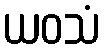
ယဝသံ